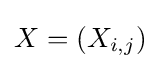
X=(X_{i,j})